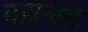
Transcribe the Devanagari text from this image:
महान्तम